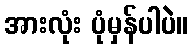
အားလုံး ပုံမှန်ပါပဲ။